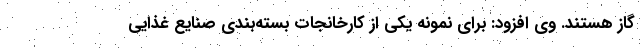
گاز هستند. وی افزود: برای نمونه یکی از کارخانجات بسته‌بندی صنایع غذایی